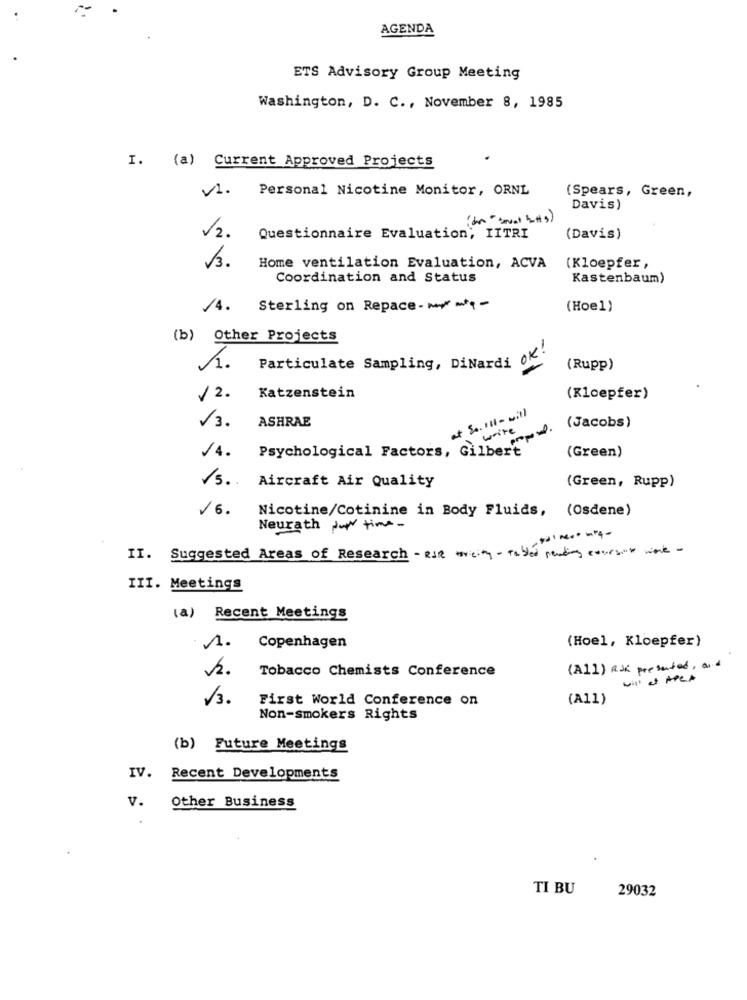
AGENDA
ETS Advisory Group Meeting
Washington, D. C ., November 8, 1985
I. (a) Current Approved Projects
V1.
Personal Nicotine Monitor, ORNL
(Spears, Green,
Davis)
v2.
Questionnaire Evaluation, LITRI
(Davis)
V3.
Home ventilation Evaluation, ACVA
(Kloepfer,
Coordination and Status
Kastenbaum)
/4. Sterling on Repace- mm*4 -
(Hoe1)
(b) Other Projects
1.
Particulate Sampling, DiNardi OK.
(Rupp)
/2. Katzenstein
(Kloepfer)
at So. Il1 - will
3. ASHRAE
write
(Jacobs)
Psychological Factors, Gilbe-
(Green)
/4.
S. Aircraft Air Quality
(Green, Rupp)
/6.
Nicotine/Cotinine in Body Fluids, (Osdene)
Neurath Jur time -
- --- - 14 -
II. Suggested Areas of Research - RIR urcity - Tabler pending coursat work -
III. Meetings
(a) Recent Meetings
(Hoel, Kloepfer)
1. Copenhagen
2.
Tobacco Chemists Conference
(A11) RJ presented, and
will et Apex
V3.
First World Conference on
(A11)
Non-smokers Rights
(b) Future Meetings
IV.
Recent Developments
v.
Other Business
TI BU
29032